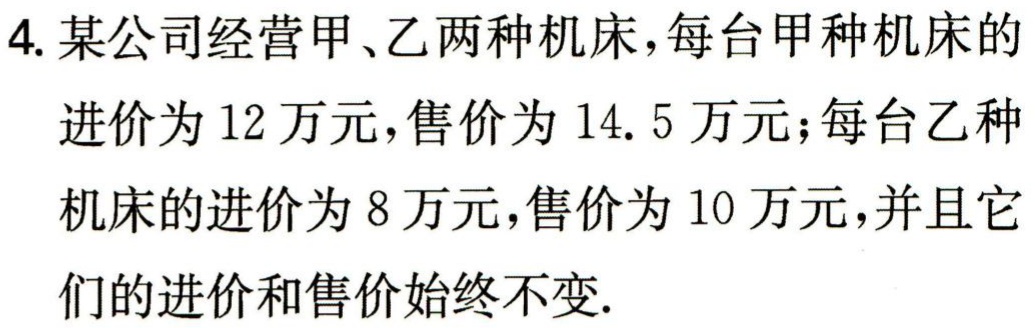
4. 某公司经营甲、乙两种机床，每台甲种机床的进价为 12 万元，售价为 14.5 万元；每台乙种机床的进价为 8 万元，售价为 10 万元，并且它们的进价和售价始终不变.